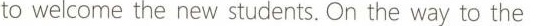
to welcome the new students. On the way to the